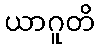
ယာဂူတိ